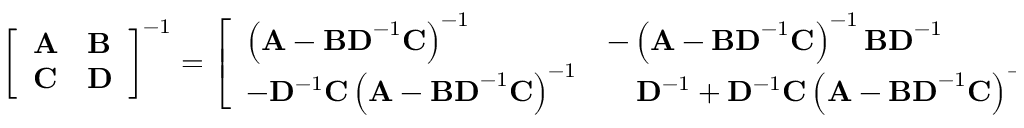
{ \left[ \begin{array} { l l } { \mathbf { A } } & { \mathbf { B } } \\ { \mathbf { C } } & { \mathbf { D } } \end{array} \right] } ^ { - 1 } = { \left[ \begin{array} { l l } { \left( \mathbf { A } - \mathbf { B D } ^ { - 1 } \mathbf { C } \right) ^ { - 1 } } & { - \left( \mathbf { A } - \mathbf { B D } ^ { - 1 } \mathbf { C } \right) ^ { - 1 } \mathbf { B D } ^ { - 1 } } \\ { - \mathbf { D } ^ { - 1 } \mathbf { C } \left( \mathbf { A } - \mathbf { B D } ^ { - 1 } \mathbf { C } \right) ^ { - 1 } } & { \quad \mathbf { D } ^ { - 1 } + \mathbf { D } ^ { - 1 } \mathbf { C } \left( \mathbf { A } - \mathbf { B D } ^ { - 1 } \mathbf { C } \right) ^ { - 1 } \mathbf { B D } ^ { - 1 } } \end{array} \right] } .